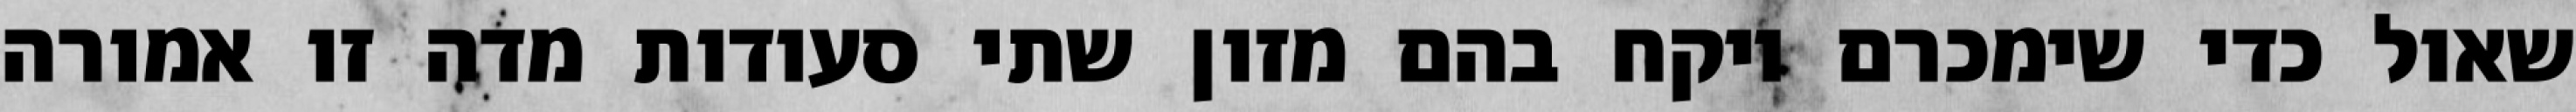
שאול כדי שימכרם ויקח בהם מזון שתי סעודות מדה זו אמורה